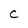
Character: C